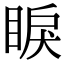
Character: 睙